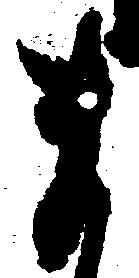
ま